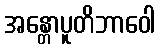
အန္တောပူတိဘာဝေါ